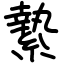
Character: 縶